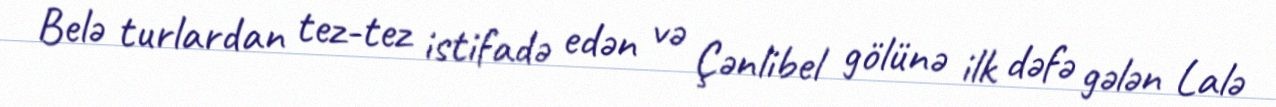
Belə turlardan tez-tez istifadə edən və Çənlibel gölünə ilk dəfə gələn Lalə